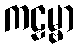
ကဠမ္ဗာ